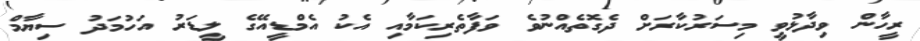
ރީހާން ވިދާޅުވީ މިސަރުކާރަށް ދެގޮތެއްނުވެ ވަފާތެރިކަމާއި އެކު އެމްޑީއޭގެ ލީޑަރު އަހުމަދު ސިޔާމް